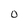
Character: 0